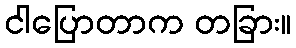
ငါပြောတာက တခြား။